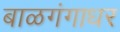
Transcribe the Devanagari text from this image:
बाळगंगाधर